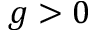
g > 0